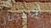
الإنتصار